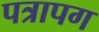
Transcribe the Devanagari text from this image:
पत्रापग